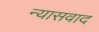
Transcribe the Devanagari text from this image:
न्यासवाद